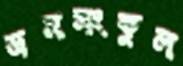
ভ্রমসংকুল